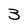
Character: 3